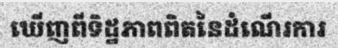
ឃើញពីទិដ្ឋភាពពិតនៃដំណើរការ